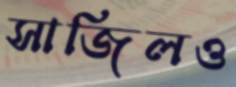
সাজিলও